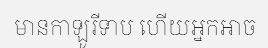
មានកាឡូរីទាប ហើយអ្នកអាច